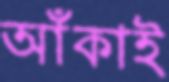
আঁকাই